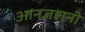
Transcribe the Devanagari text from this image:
आनजहानी